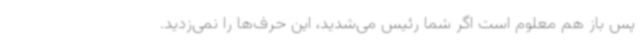
پس باز هم معلوم است اگر شما رئیس می‌شدید، این حرف‌ها را نمی‌زدید.